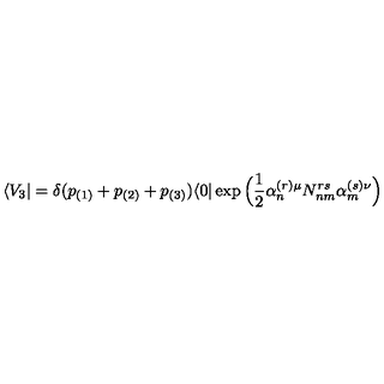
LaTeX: \langle V _ { 3 } \vert = \delta ( p _ { ( 1 ) } + p _ { ( 2 ) } + p _ { ( 3 ) } ) \langle 0 \vert \exp \Big ( \frac { 1 } { 2 } \alpha _ { n } ^ { ( r ) \mu } N _ { n m } ^ { r s } \alpha _ { m } ^ { ( s ) \nu } \Big )